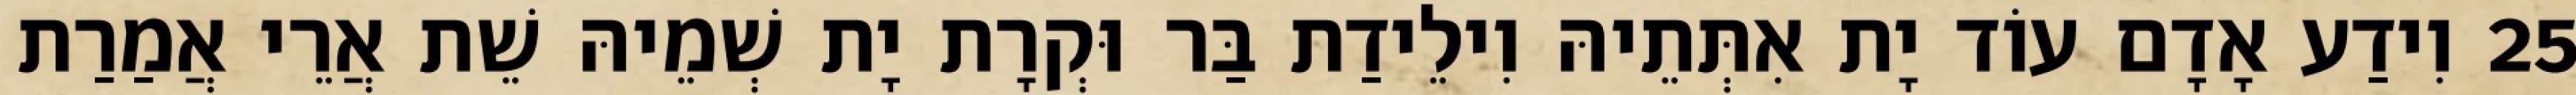
25 וִידַע אָדָם עוֹד יָת אִתְּתֵיהּ וִילֵידַת בַּר וּקְרָת יָת שְׁמֵיהּ שֵׁת אֲרֵי אֲמַרַת